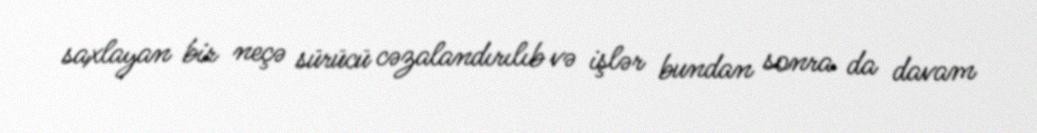
saxlayan bir neçə sürücü cəzalandırılıb və işlər bundan sonra da davam